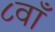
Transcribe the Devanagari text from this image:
८वाँ